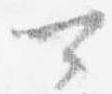
可